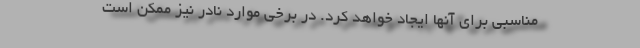
مناسبی برای آنها ایجاد خواهد کرد. در برخی موارد نادر نیز ممکن است